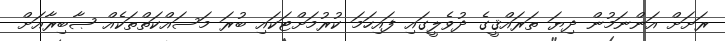
ރަށަށް އަންނަމުން ދިޔަ ތަރައްޤީގެ ދުވެލީގައި ފައިހަމަ ކުރުމަށްޓަކައި ބުރަ މަސައްކަތްތަކެއް ޞާބިރާއަށް